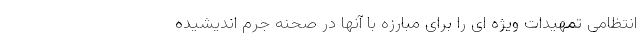
انتظامی تمهیدات ویژه ای را برای مبارزه با آنها در صحنه جرم اندیشیده